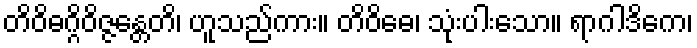
တိဝိဓဂ္ဂိဝိဇ္ဇန္တေတိ၊ ဟူသည်ကား။ တိဝိဓေ၊ သုံးပါးသော။ ရာဂါဒိကေ၊